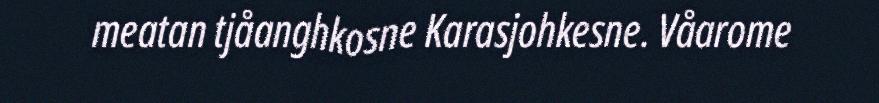
meatan tjåanghkosne Karasjohkesne. Våarome